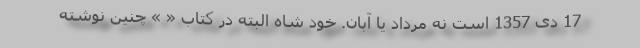
17 دی 1357 است نه مرداد یا آبان. خود شاه البته در کتاب « » چنین نوشته